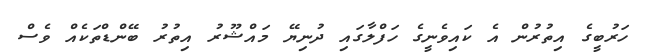
ހަރުބީގެ އިތުރުން އެ ކައިވެނީގެ ހަފްލާގައި ދުނިޔޭ މައްޝޫރު އިތުރު ބޭންޑްތަކެއް ވެސް